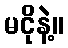
မငိုနဲ့။